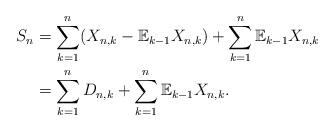
LaTeX: \begin{align*}S_{n} & =\sum_{k=1}^{n}(X_{n,k}-\mathbb{E}_{k-1}X_{n,k})+\sum_{k=1}^{n}\mathbb{E}_{k-1}X_{n,k}\\& =\sum_{k=1}^{n}D_{n,k}+\sum_{k=1}^{n}\mathbb{E}_{k-1}X_{n,k}.\end{align*}